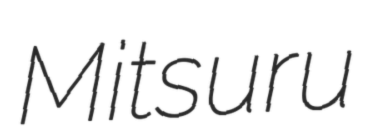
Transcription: Mitsuru